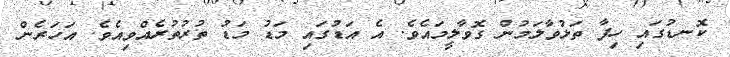
ކޮނޑުގައި ހިފާ ތަޅުވާލަމުން ގޮވާލީމައެވެ. އެ އަޑުގައި މަޑު މަޑު ތުރުތުރެއްވިއެވެ. އަހަރެން